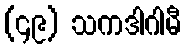
(၄၉) သကဒါဂါမီ